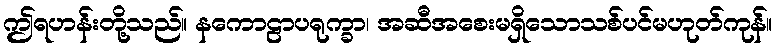
ဤရဟန်းတို့သည်။ နကောဠာပရုက္ခာ၊ အဆီအစေးမရှိသောသစ်ပင်မဟုတ်ကုန်။